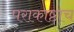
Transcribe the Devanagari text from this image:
पराकाष्ठाच